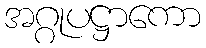
အဂ္ဂုပဋ္ဌာကော